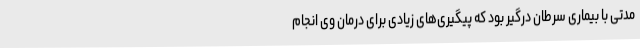
مدتی با بیماری سرطان درگیر بود که پیگیری‌های زیادی برای درمان وی انجام